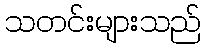
သတင်းများသည်